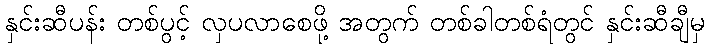
နှင်းဆီပန်း တစ်ပွင့် လှပလာစေဖို့ အတွက် တစ်ခါတစ်ရံတွင် နှင်းဆီချီမှ